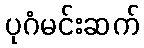
ပုဂံမင်းဆက်